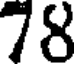
78